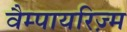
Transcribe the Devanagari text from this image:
वैम्पायरिज़्म